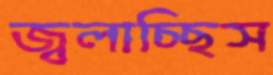
জ্বলাচ্ছিস